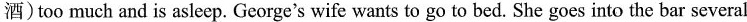
酒)too much and is asleep. George's wife wants to go to bed. She goes into the bar several